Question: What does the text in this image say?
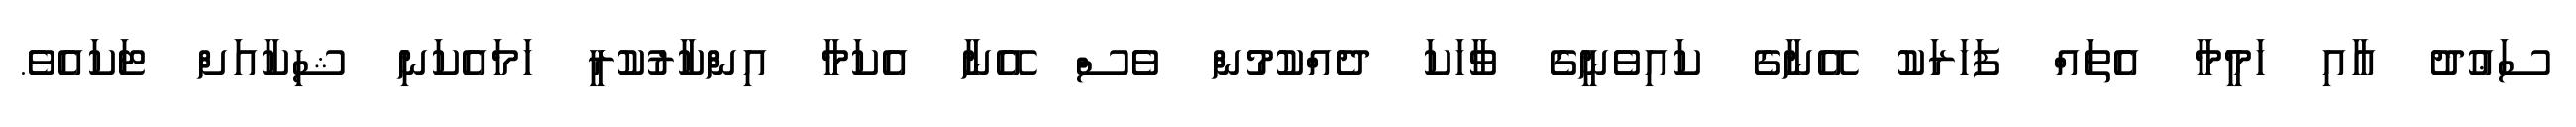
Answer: ސަޢުދު އާއި ހަމީމާ އެތައް ފަހަރަކު އޭނާގެ ކައިވެނީގެ ވާހަކަ ދެއްކުމުން ވެސް އޭނާ އެކަމާ އިންކާރުކުރީ ހަމައެކަނި ޝިކާއަށް ޓަކައެވެ.